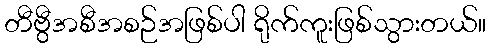
တီဗွီအစီအစဉ်အဖြစ်ပါ ရိုက်ကူးဖြစ်သွားတယ်။